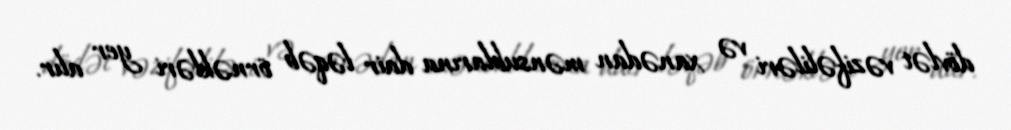
dövlət vəzifəliləri və xanədan mənsublarına dair ləqəb örnəkləri yer alır.